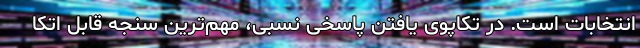
انتخابات است. در تکاپوی یافتن پاسخی نسبی، مهم‌ترین سنجه قابل اتکا